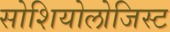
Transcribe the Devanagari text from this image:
सोशियोलोजिस्ट